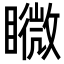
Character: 矀